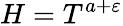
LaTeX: H=T^{a+\varepsilon}